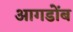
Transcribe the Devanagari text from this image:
आगडोंब